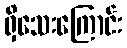
ရှိသေးကြောင်း